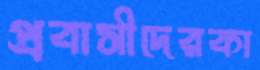
প্রবাসীদেরকা